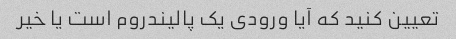
تعیین کنید که آیا ورودی یک پالیندروم است یا خیر